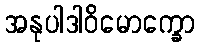
အနုပါဒါဝိမောက္ခော